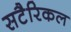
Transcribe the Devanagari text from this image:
सटैरिकल